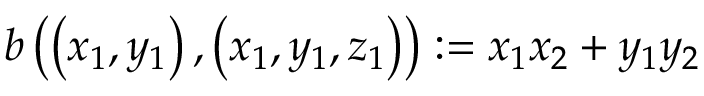
b \left( \left( x _ { 1 } , y _ { 1 } \right) , \left( x _ { 1 } , y _ { 1 } , z _ { 1 } \right) \right) : = x _ { 1 } x _ { 2 } + y _ { 1 } y _ { 2 }